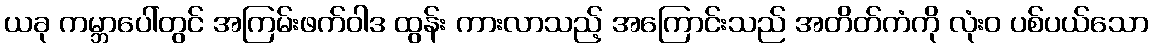
ယခု ကမ္ဘာပေါ်တွင် အကြမ်းဖက်ဝါဒ ထွန်း ကားလာသည့် အကြောင်းသည် အတိတ်ကံကို လုံးဝ ပစ်ပယ်သော